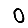
Digit: 0